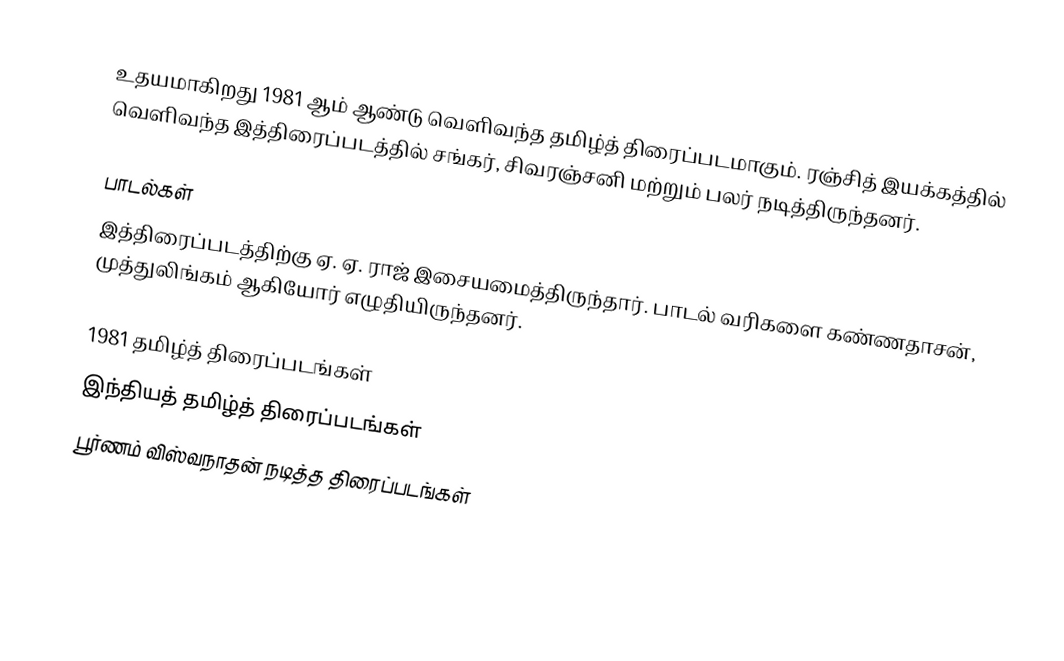
உதயமாகிறது 1981 ஆம் ஆண்டு வெளிவந்த தமிழ்த் திரைப்படமாகும். ரஞ்சித் இயக்கத்தில் வெளிவந்த இத்திரைப்படத்தில் சங்கர், சிவரஞ்சனி மற்றும் பலர் நடித்திருந்தனர்.

பாடல்கள்
இத்திரைப்படத்திற்கு ஏ. ஏ. ராஜ் இசையமைத்திருந்தார். பாடல் வரிகளை கண்ணதாசன், முத்துலிங்கம் ஆகியோர் எழுதியிருந்தனர்.

1981 தமிழ்த் திரைப்படங்கள்
இந்தியத் தமிழ்த் திரைப்படங்கள்
பூர்ணம் விஸ்வநாதன் நடித்த திரைப்படங்கள்